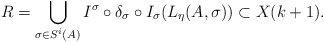
\begin{align*}R = \bigcup_{\sigma \in S^i(A)} I^\sigma \circ \delta_\sigma \circ I_\sigma (L_\eta(A,\sigma)) \subset X(k+1).\end{align*}